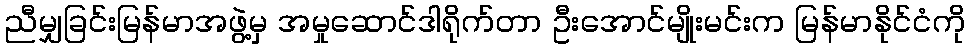
ညီမျှခြင်းမြန်မာအဖွဲ့မှ အမှုဆောင်ဒါရိုက်တာ ဦးအောင်မျိုးမင်းက မြန်မာနိုင်ငံကို